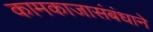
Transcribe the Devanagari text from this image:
कामकाजासंबंधाने